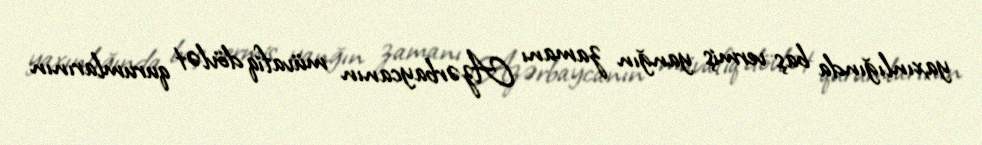
yaxınlığında baş vermiş yanğın zamanı Azərbaycanın müvafiq dövlət qurumlarının